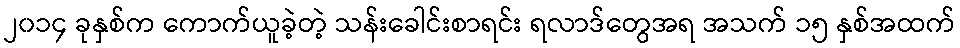
၂၀၁၄ ခုနှစ်က ကောက်ယူခဲ့တဲ့ သန်းခေါင်းစာရင်း ရလာဒ်တွေအရ အသက် ၁၅ နှစ်အထက်